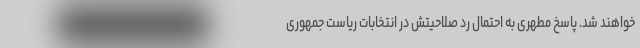
خواهند شد. پاسخ مطهری به احتمال رد صلاحیتش در انتخابات ریاست جمهوری